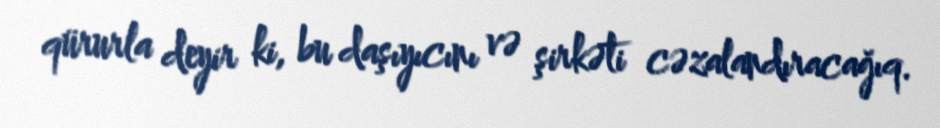
qürurla deyir ki, bu daşıyıcını və şirkəti cəzalandıracağıq.